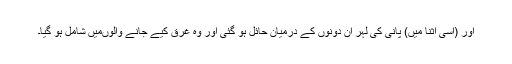
اور (اسی اثنا میں) پانی کی لہر ان دونوں کے درمیان حائل ہو گئی اور وہ غرق کیے جانے والوںمیں شامل ہو گیا۔